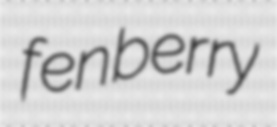
fenberry